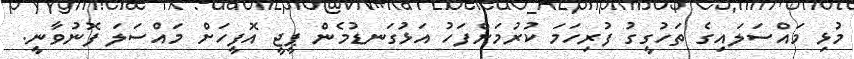
މުޅި މައްސަލައިގެ ތަހުގީގު ފުރިހަމަ ކުރުމަށްފަހު އަޅުގަނޑުމެން ޕީޖީ އޮފީހަށް މައްސަލަ ފޮނުވާނީ.